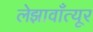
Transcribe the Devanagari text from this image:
लेझावाँत्यूर